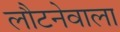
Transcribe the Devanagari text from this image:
लौटनेवाला